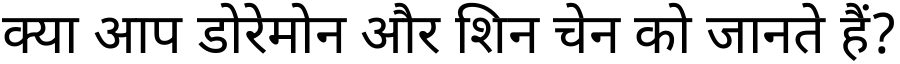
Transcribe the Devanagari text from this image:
क्या आप डोरेमोन और शिन चेन को जानते हैं?